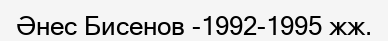
Әнес Бисенов -1992-1995 жж.